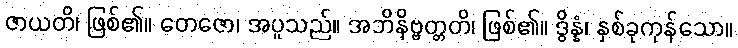
ဇာယတိ၊ ဖြစ်၏။ တေဇော၊ အပူသည်။ အဘိနိဗ္ဗတ္တတိ၊ ဖြစ်၏။ ဒွိန္နံ၊ နှစ်ခုကုန်သော။